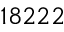
1 8 2 2 2